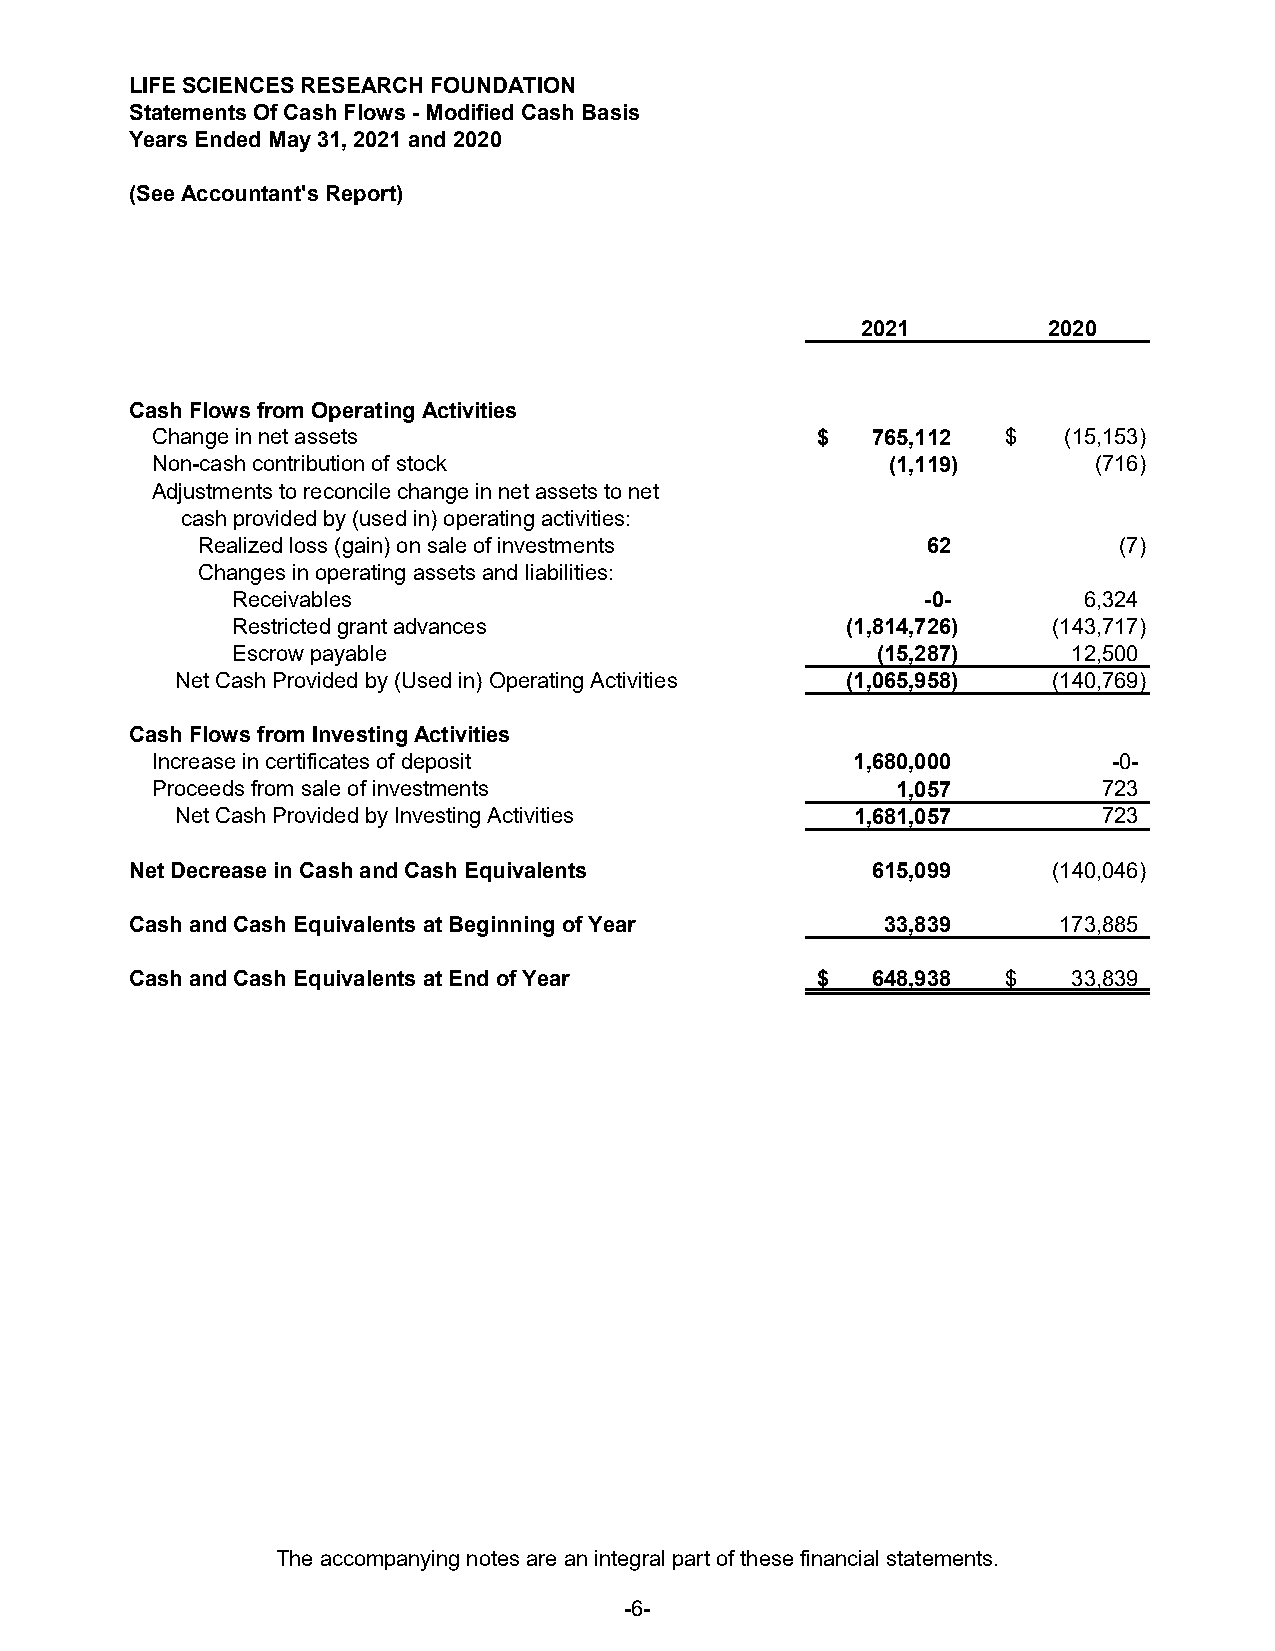
LIFE SCIENCES RESEARCH FOUNDATION
 Statements Of Cash Flows - Modified Cash Basis
 Years Ended May 31, 2021 and 2020
 (See Accountant's Report)
 2021        2020
 Cash Flows from Operating Activities
 Change in net assets                        $   765,112  $  ( 15,153)
 Non-cash contribution of stock                   ( 1,119)     (716)
 Adjustments to reconcile change in net assets to net
 cash provided by (used in) operating activities:
 Realized loss (gain) on sale of investments     62           (7)
 Changes in operating assets and liabilities:
 Receivables                                   - 0-       6,324
 Restricted grant advances                ( 1,814,726)  ( 143,717)
 Escrow payable                             ( 15,287)    12,500
 Net Cash Provided by (Used in) Operating Activities ( 1,065,958) ( 140,769)
 Cash Flows from Investing Activities
 Increase in certificates of deposit            1,680,000        - 0-
 Proceeds from sale of investments                1,057         723
 Net Cash Provided by Investing Activities    1,681,057       723
 Net Decrease in Cash and Cash Equivalents        615,099     ( 140,046)
 Cash and Cash Equivalents at Beginning of Year    33,839     173,885
 Cash and Cash Equivalents at End of Year     $   648,938  $   33,839
 The accompanying notes are an integral part of these financial statements.
 -6-